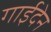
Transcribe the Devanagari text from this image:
गाईदेन